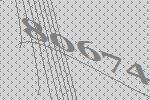
80674